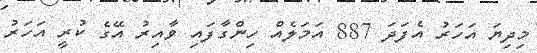
މިދިޔަ އަހަރު އެފަދަ 887 އަމަލެއް ހިންގާފައި ވާއިރު އޭގެ ކުރީ އަހަރު